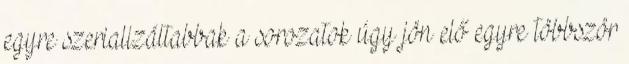
egyre szerializáltabbak a sorozatok úgy jön elő egyre többször